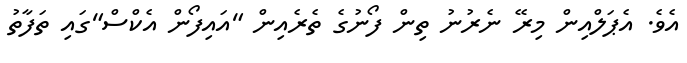
އެވެ. އެޕަލްއިން މިރޭ ނެރުނު ތިން ފޯނުގެ ތެރެއިން "އައިފޯން އެކްސް"ގައި ތަފާތު